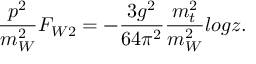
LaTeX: { \frac { p ^ { 2 } } { m _ { W } ^ { 2 } } } F _ { W 2 } = - { \frac { 3 g ^ { 2 } } { 6 4 \pi ^ { 2 } } } { \frac { m _ { t } ^ { 2 } } { m _ { W } ^ { 2 } } } l o g z .